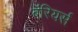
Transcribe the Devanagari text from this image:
बॅरियर्स